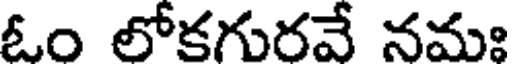
ఓం లోకగురవే నమః